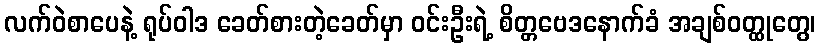
လက်ဝဲစာပေနဲ့ ရုပ်ဝါဒ ခေတ်စားတဲ့ခေတ်မှာ ဝင်းဦးရဲ့ စိတ္တဗေဒနောက်ခံ အချစ်ဝတ္ထုတွေ၊